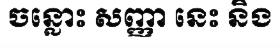
ចន្លោះ សញ្ញា នេះ និង